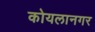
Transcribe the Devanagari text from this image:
कोयलानगर